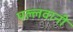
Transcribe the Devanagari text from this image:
पल्लवानी